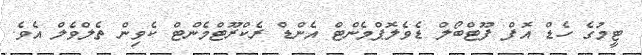
ޓީމުގެ ހެޑް އޮފް ފޫޓްބޯލް ޑެވެލޮޕްމެންޓް އެންޑް ރެކްރޫޓްމެންޓް ކެވިން ތެލްވެލް އެވެ.